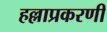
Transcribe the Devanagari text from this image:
हल्लाप्रकरणी